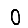
Digit: 0